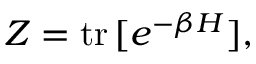
Z = \mathrm { t r } \, [ e ^ { - \beta H } ] ,